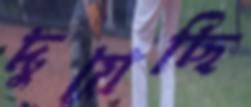
দুয়েছি